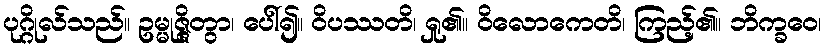
ပုဂ္ဂိုလ်သည်။ ဥမ္မုဇ္ဇိတွာ၊ ပေါ်၍။ ဝိပဿတိ၊ ရှု၏။ ဝိလောကေတိ၊ ကြည့်၏။ ဘိက္ခဝေ၊